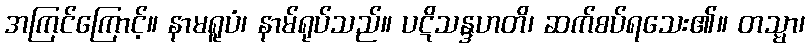
အကြင်ကြောင့်။ နာမရူပံ၊ နာမ်ရုပ်သည်။ ပဋိသန္ဒဟတိ၊ ဆက်စပ်ရသေး၏။ တသ္မာ၊